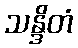
သန္ဒိတံ